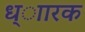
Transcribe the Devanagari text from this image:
ध्ाारक